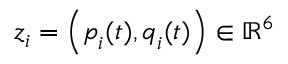
\boldsymbol { z } _ { i } = \left( \boldsymbol { p } _ { i } ( t ) , \boldsymbol { q } _ { i } ( t ) \right) \in \mathbb { R } ^ { 6 }